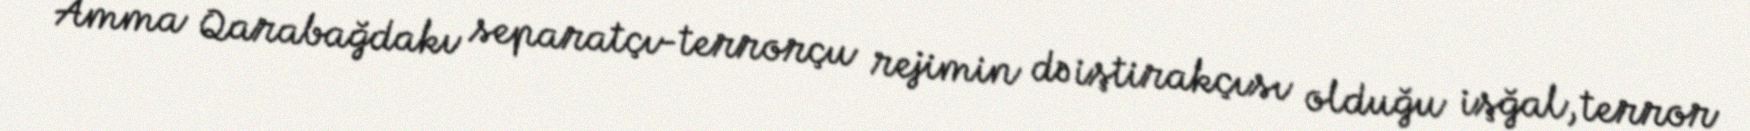
Amma Qarabağdakı separatçı-terrorçu rejimin də iştirakçısı olduğu işğal, terror